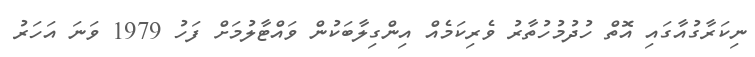
ނިކަރާގުއާގައި އޮތް ހުދުމުހުތާރު ވެރިކަމެއް އިންގިލާބަކުން ވައްޓާލުމަށް ފަހު 1979 ވަނަ އަހަރު